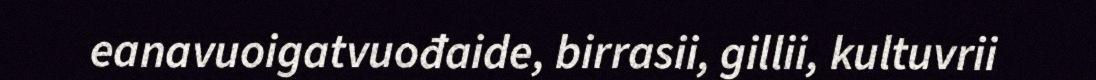
eanavuoigatvuođaide, birrasii, gillii, kultuvrii